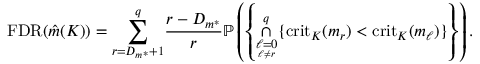
\mathrm { F D R } ( \Hat { m } ( K ) ) = \underset { r = D _ { m ^ { * } } + 1 } { \overset { q } { \sum } } \frac { r - D _ { m ^ { * } } } { r } \mathbb { P } \left( \left\{ \underset { \underset { \ell \neq r } { \ell = 0 } } { \overset { q } { \cap } } \{ \mathrm { c r i t } _ { K } ( m _ { r } ) < \mathrm { c r i t } _ { K } ( m _ { \ell } ) \} \right\} \right) .